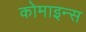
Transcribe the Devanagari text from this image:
कोमाइन्स